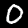
Digit: 0